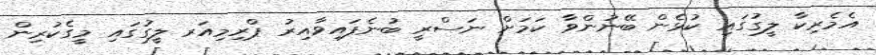
އެމެރިކާ ލީގުގައި ކުޅެން ބޭނުންވާ ކަމަށް ނަސްރީ ބުނެފައިވާއިރު ޕްރިމިއަރ ލީގުގައި މީގެކުރިން